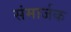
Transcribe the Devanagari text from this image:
संमार्जक